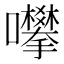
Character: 𱕮